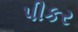
પીકર